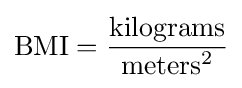
\mathrm {BMI} ={\frac {\mathrm {kilograms} }{\mathrm {meters} ^{2}}}